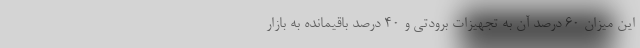
این میزان ۶۰ درصد آن به تجهیزات برودتی و ۴۰ درصد باقیمانده به بازار